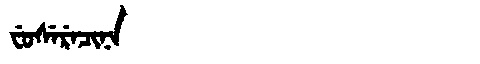
Manchu: ᠸᡠᠰᡝᡵᡝᠴᡳᠨᠠ
Romanization: FUSERECINA